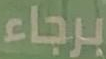
برجاء